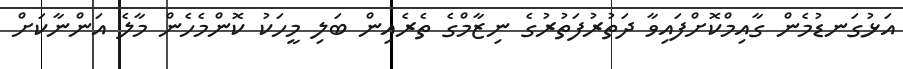
އަޅުގަނޑުމެން ގާއިމްކޮށްފައިވާ ދަތުރުފަތުރުގެ ނިޒާމްގެ ތެރެއިން ބަލި މީހަކު ކޮންމެހެން މާލެ އަންނާކަށް